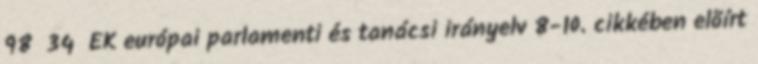
98 34 EK európai parlamenti és tanácsi irányelv 8-10. cikkében elõírt